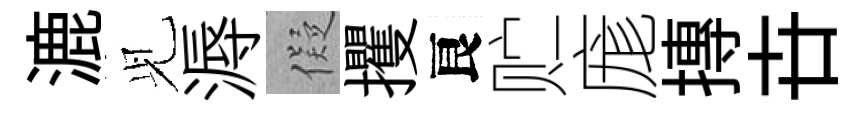
漉𫤗溽儗攫良贮庬摶卋